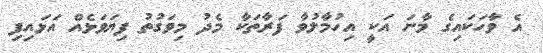
އެ ވާހަކައިގެ މާނަ އަކީ އިހުމާލުވާ ފަރާތަކާ މެދު މިވަގުތު ފިޔަވަޅެއް އަޅައިފި